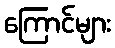
ကြောင်များ